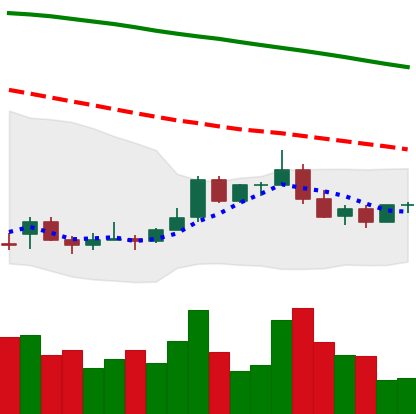
Ticker: ADA-USD
Chart end date: 2022-01-02
Forward return: -12.053%
Label: down_7plus